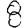
Digit: 8